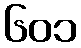
၆၀၁